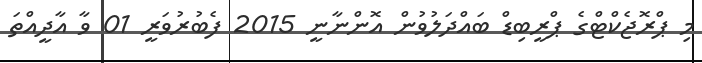
މި ޕްރޮޖެކްޓްގެ ޕްރީބިޑް ބައްދަލުވުން އޮންނާނީ 2015 ފެބުރުވަރީ 01 ވާ އާދީއްތަ